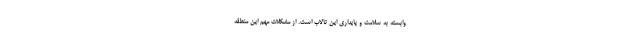
وابسته به سلامت و پایداری این تالاب است. از مشکلات مهم این منطقه